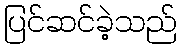
ပြင်ဆင်ခဲ့သည်